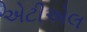
એટીએલ